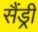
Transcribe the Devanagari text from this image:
सैंड्री